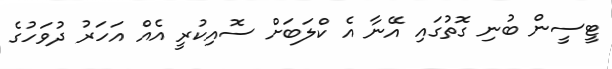
ޓީސީން ބުނި ގޮތުގައި އޭނާ އެ ކްލަބަށް ސޮއިކުރީ އެއް އަހަރު ދުވަހުގެ